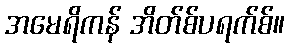
အမေရိကန် အိတ်စ်ပရက်စ်။